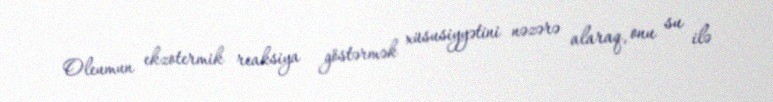
Oleumun ekzotermik reaksiya göstərmək xüsusiyyətini nəzərə alaraq, onu su ilə